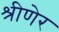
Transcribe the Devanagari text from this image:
श्रीणेर